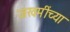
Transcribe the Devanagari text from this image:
जखमींच्या